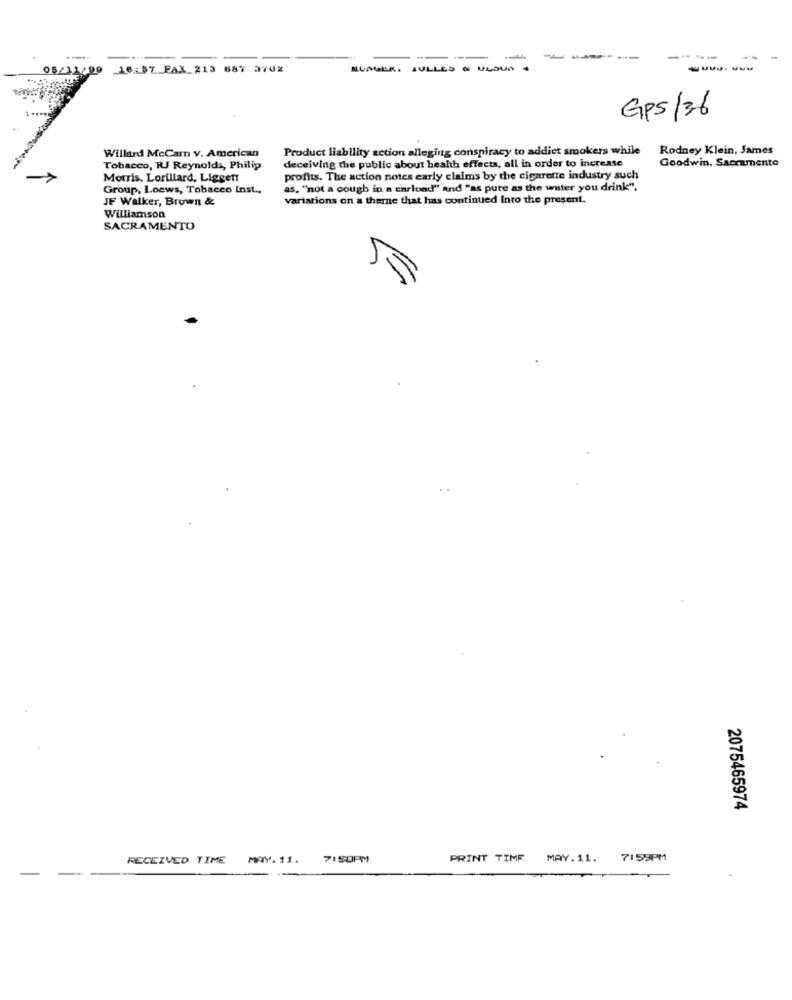
---
----
....
16:87 FAX_213 687 3702
RUAGEK. JULLES W ULSUA
GPS/36
Willard McCam v. American
Product liability action alleging conspiracy to addict smokers while
Rodney Klein, Sames
Goodwin. Sacramento
Tobacco, RJ Reynolds, Philip
deceiving the public about health effects, all in order to increase
Morris, Lorillard, Liggett
profits. The action notes early claims by the cigarette industry such
Group, loews, Tobacco Inst .,
as, "not a cough in a carlond" and "as pure as the water you drink".
JF Walker, Brown &
variations on a theme that has continued Into the present.
Williamson
SACRAMENTO
5
2075465974
RECEIVED TIME
MAY. 11.
7150PM
PRINT TIME
MAY. 11.
7:59PM